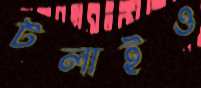
টলাইও